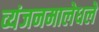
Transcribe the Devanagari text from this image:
व्यंजनमालेधले